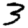
Digit: 3